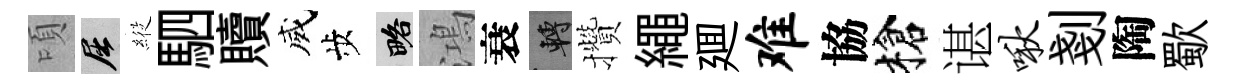
頃屈𦂵駟贖威歩略鴻衰轉攢繩廽难協槍谌啾剗陶歜